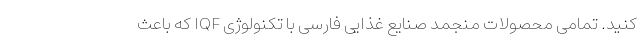
کنید. تمامی محصولات منجمد صنایع غذایی فارسی با تکنولوژی IQF که باعث